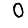
Digit: 0